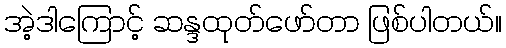
အဲ့ဒါကြောင့် ဆန္ဒထုတ်ဖော်တာ ဖြစ်ပါတယ်။